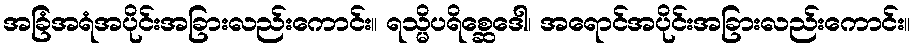
အခြံအရံအပိုင်းအခြားလည်းကောင်း။ ရသ္မိပရိစ္ဆေဒေါ၊ အရောင်အပိုင်းအခြားလည်းကောင်း။